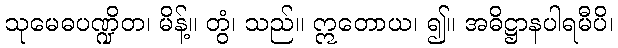
သုမေဓပဏ္ဍိတ၊ မိန့်။ တွံ၊ သည်။ ဣတောယ၊ ၍။ အဓိဋ္ဌာနပါရမီပိ၊